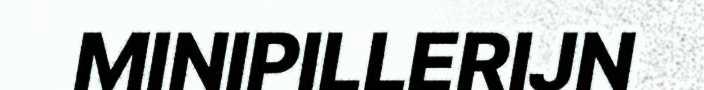
MINIPILLERIJN